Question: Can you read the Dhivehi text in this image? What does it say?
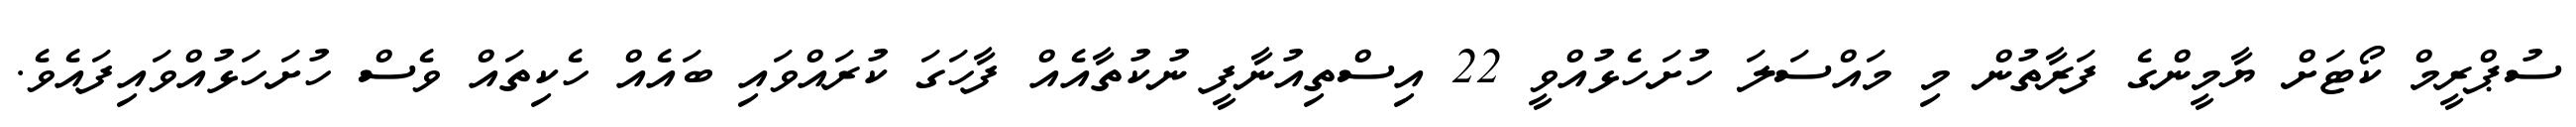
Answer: ސުޕްރީމް ކޯޓަށް ޔާމީންގެ ފަރާތުން މި މައްސަލަ ހުށަހެޅުއްވީ 22 އިސްތިއުނާފީ ނުކުތާއެއް ފާހަގަ ކުރައްވައި ބައެއް ހެކިތައް ވެސް ހުށަހަޅުއްވައިފައެވެ.